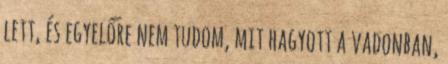
lett, és egyelőre nem tudom, mit hagyott a vadonban,